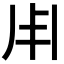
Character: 𠂦